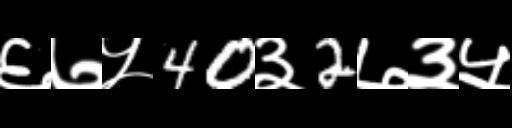
Text: ६७५40३2७३५